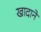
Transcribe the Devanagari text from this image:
खादानें